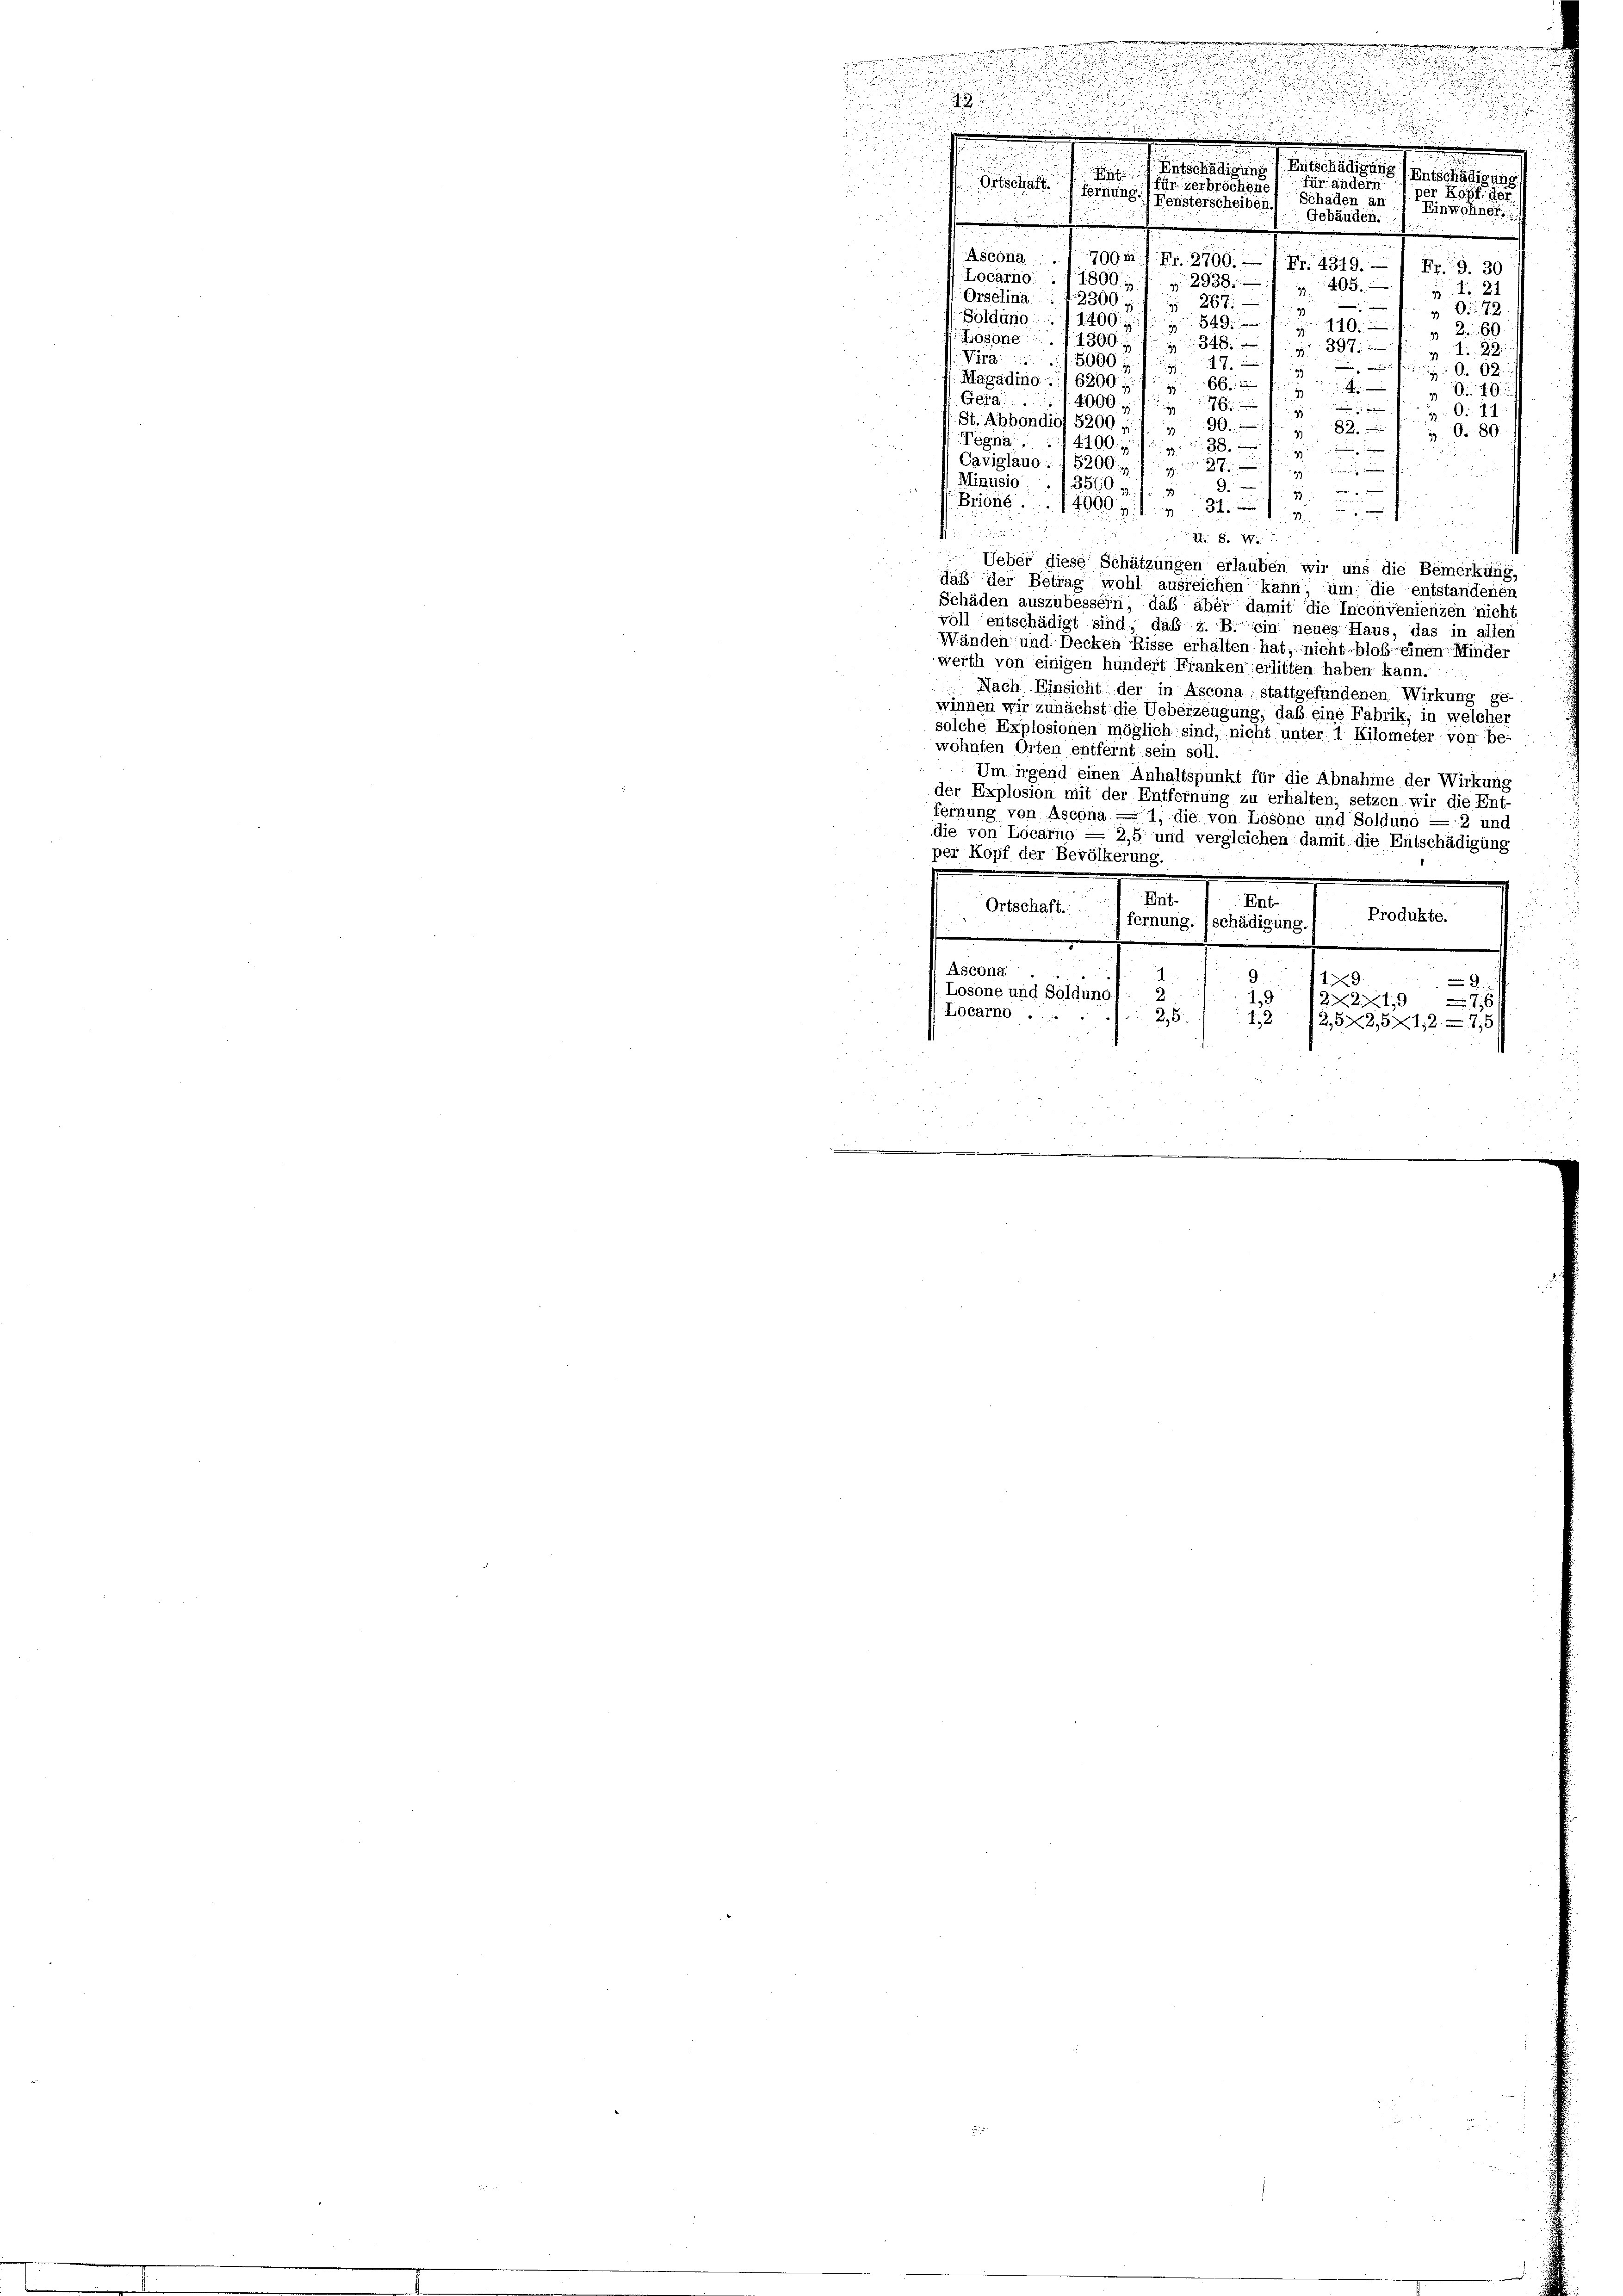
e

2
Entschädigung
Entschädigung (Entschädigung
.
für andern
für zerbrochen.
per Kopf, der
Ortschaft. 1 fernung.) Fensterscheiben.
Schaden an
Einwohner
Gebäuden.

Ascona . 700m 1 Fr. 2700.- Fr. 4349.
Fr. 19. 30
Locarno. 11800, 1 „ 2938. 1405.
 24
Orselina. . 12300     267.
|
 72
33
Solduno. 1400 f. 549.

2 60
Losone
4300 f 34 f 39 Fr. 22
Virg
5000 ff.
02
Magadino. 6200. f. 66 f. 4
40
Gera. 4000 f 176
O. 21.
St. Abbondio 5200 : 1. 190. 182.
Or 80.
Tegna.
14 f. 38
Caviglaub. 1 5200 f. 727. Ju
r
Minusio: . 13560, 179. 15 x

ons
A. S. V
Ueber diese Schätzungen erlauben wir uns die Bemerkung,
daß der Betrag wohl ausreichen kann, um die entstandenen
Schäden auszubessern, daß aber damit die Inconvenienzen nicht
voll entschädigt sind, daß z. B. ein neues Haus, das in allen
Wänden und Decken Risse erhalten hat, nicht blob-einen Minder
werth von einigen hundert Franken erlitten haben kann.
Nach Einsicht der in Ascona stattgefundenen Wirkung ge-
winnen wir zunächst die Ueberzeugung, daß eine Fabrik, in welcher
solche Explosionen möglich sind, nicht unter 1 Kilometer von be-
wohnten Orten entfernt sein soll.
Um irgend einen Anhaltspunkt für die Abnahme der Wirkung
der Explosion mit der Entfernung zu erhalten, setzen wir die Ent-
fernung von Ascona — 1, die von Losone und Solduno = 2 und
die von Locarno = 2,5 und vergleichen damit die Entschädigung
per Kopf der Bevölkerung.
Ent-
Ent-
Ortschaft.
Produkte.
fernung. (schädigung
Ascona
9
129

Losone und Solduno, : 2.
1,9
221
27.
Locarno ..
25.
12 23 x 2,5712—76